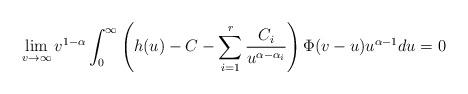
LaTeX: \begin{align*}\lim_{v \to \infty} v^{1 - \alpha} \int_{0}^{\infty} \left(h(u) - C - \sum_{i=1}^{r} \frac{C_{i}}{u^{\alpha - \alpha_{i}}}\right) \Phi(v - u) u^{\alpha -1} du = 0 \end{align*}